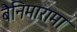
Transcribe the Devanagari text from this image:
बैनिमारामा